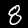
Label: 8